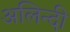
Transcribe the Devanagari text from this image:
अलिन्दी